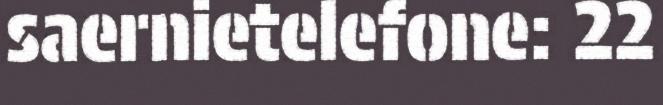
saernietelefone: 22